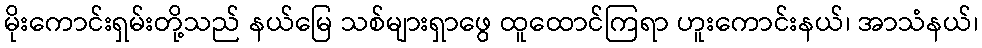
မိုးကောင်းရှမ်းတို့သည် နယ်မြေ သစ်များရှာဖွေ ထူထောင်ကြရာ ဟူးကောင်းနယ်၊ အာသံနယ်၊